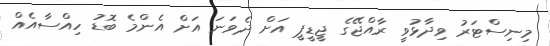
މިނިސްޓަރު ވިދާޅުވީ ރާއްޖޭގެ ޖީޑީޕީ އަށް ދެވަނަ އަށް އެންމެ ބޮޑު ހިއްސާއެއް